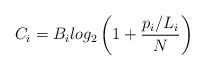
LaTeX: \begin{align*}C_{i}=B_ilog_{2}\left(1+\dfrac{p_{i}/L_i}{N}\right)\end{align*}